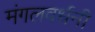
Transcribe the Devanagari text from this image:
मंगलवर्धनी